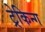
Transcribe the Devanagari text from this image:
ट्रेकिन्ग